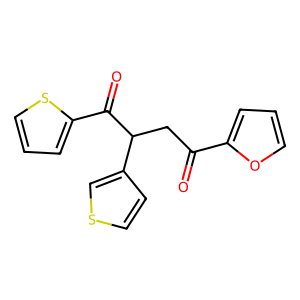
SMILES: O=C(CC(C(=O)c1cccs1)c1ccsc1)c1ccco1
Inhibits HIV replication: No